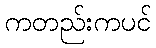
ကတည်းကပင်